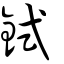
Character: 鉽